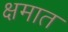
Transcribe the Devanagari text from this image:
क्षमात